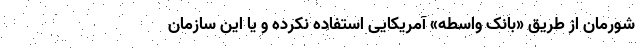
شورمان از طریق «بانک واسطه» آمریکایی استفاده نکرده و یا این سازمان